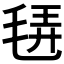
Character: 𣭿